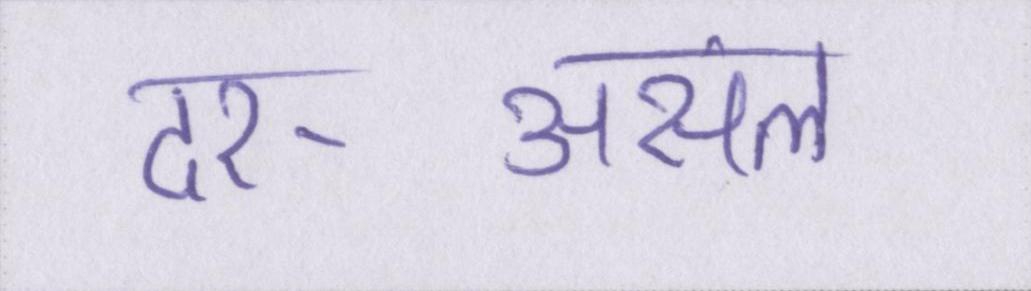
दर-असल